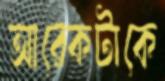
আরেকটাকে